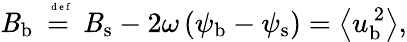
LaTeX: {\mathit{B}}_{\mathrm{{b}}}\stackrel{\mathrm{{~\tiny~{~d~e~f~}~}}}{=}{\mathit{B}}_{\mathrm{{s}}}-2\omega\, ({\psi}_{\mathrm{{b}}}-{\psi}_{\mathrm{{s}}})=\left<{u}_{\mathrm{{b}}}^{\, 2}\right>,